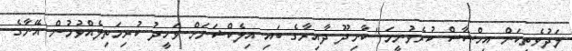
ލަދުވެތިކަން އިހްސާސް ކުރެވުނީމަ" ކާށިދޫ ދާއިރާގެ ބައި އިލެކްޝަނަށް ވަހީދު ކުރިމަތިލެއްވުމުން އޭނާގެ